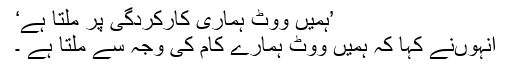
’ہمیں ووٹ ہماری کارکردگی پر ملتا ہے‘
انہوںنے کہا کہ ہمیں ووٹ ہمارے کام کی وجہ سے ملتا ہے ۔